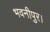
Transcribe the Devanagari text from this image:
भवनीपुर।